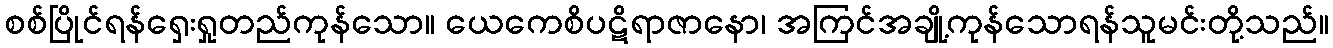
စစ်ပြိုင်ရန်ရှေးရှုတည်ကုန်သော။ ယေကေစိပဋိရာဇာနော၊ အကြင်အချို့ကုန်သောရန်သူမင်းတို့သည်။